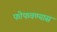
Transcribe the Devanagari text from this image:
फोफवण्यास